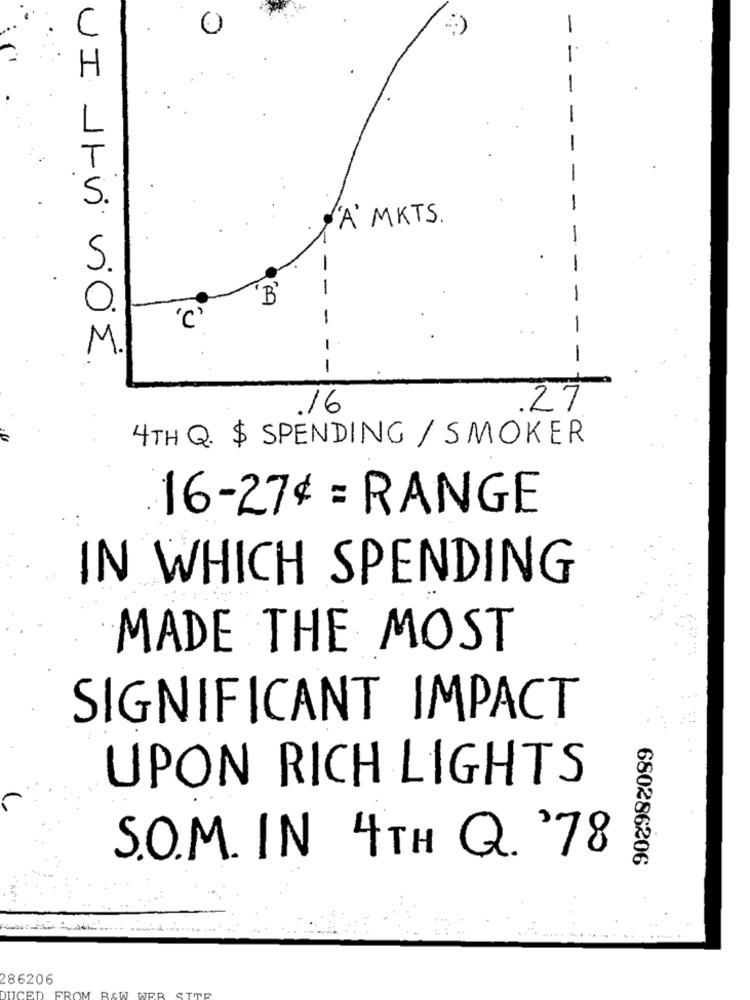
-
"A' MKTS.
-
-
VI IIV ViOS
-
-
.16
27
4TH Q. $ SPENDING / SMOKER
16-27¢ = RANGE
IN WHICH SPENDING
MADE THE MOST
SIGNIFICANT IMPACT
UPON RICH LIGHTS
S.O.M. IN 4TH Q. '78
680286206
286206